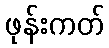
ဖုန်းကတ်